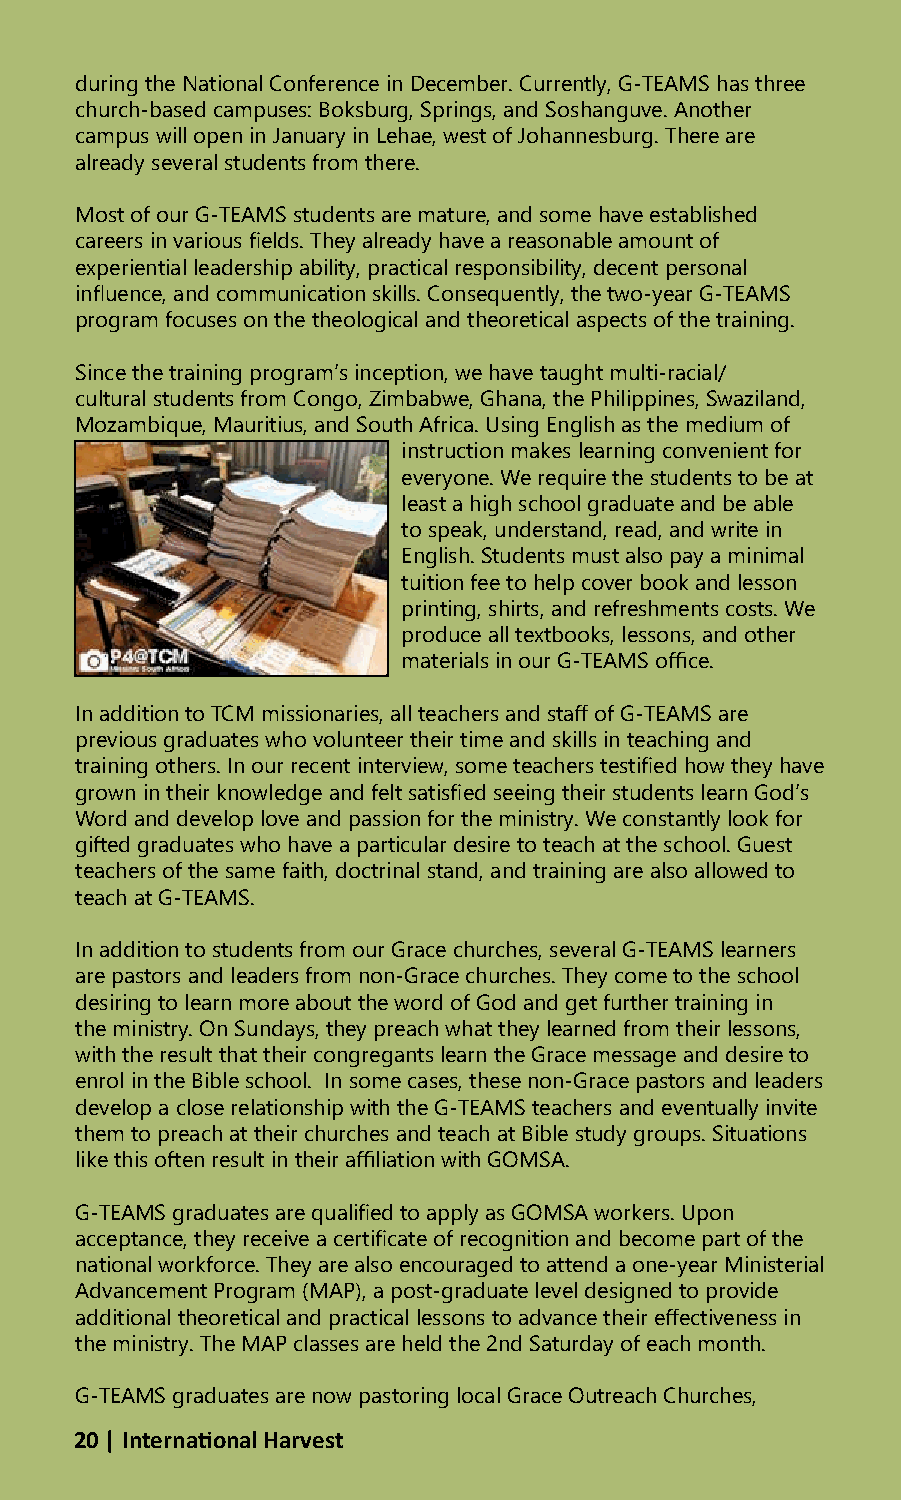
during the National Conference in December. Currently, G-TEAMS has three
 church-based campuses: Boksburg, Springs, and Soshanguve. Another
 campus will open in January in Lehae, west of Johannesburg. There are
 already several students from there.
 Most of our G-TEAMS students are mature, and some have established
 careers in various fields. They already have a reasonable amount of
 experiential leadership ability, practical responsibility, decent personal
 influence, and communication skills. Consequently, the two-year G-TEAMS
 program focuses on the theological and theoretical aspects of the training.
 Since the training program’s inception, we have taught multi-racial/
 cultural students from Congo, Zimbabwe, Ghana, the Philippines, Swaziland,
 Mozambique, Mauritius, and South Africa. Using English as the medium of
 instruction makes learning convenient for
 everyone. We require the students to be at
 least a high school graduate and be able
 to speak, understand, read, and write in
 English. Students must also pay a minimal
 tuition fee to help cover book and lesson
 printing, shirts, and refreshments costs. We
 produce all textbooks, lessons, and other
 materials in our G-TEAMS office.
 In addition to TCM missionaries, all teachers and staff of G-TEAMS are
 previous graduates who volunteer their time and skills in teaching and
 training others. In our recent interview, some teachers testified how they have
 grown in their knowledge and felt satisfied seeing their students learn God’s
 Word and develop love and passion for the ministry. We constantly look for
 gifted graduates who have a particular desire to teach at the school. Guest
 teachers of the same faith, doctrinal stand, and training are also allowed to
 teach at G-TEAMS.
 In addition to students from our Grace churches, several G-TEAMS learners
 are pastors and leaders from non-Grace churches. They come to the school
 desiring to learn more about the word of God and get further training in
 the ministry. On Sundays, they preach what they learned from their lessons,
 with the result that their congregants learn the Grace message and desire to
 enrol in the Bible school. In some cases, these non-Grace pastors and leaders
 develop a close relationship with the G-TEAMS teachers and eventually invite
 them to preach at their churches and teach at Bible study groups. Situations
 like this often result in their affiliation with GOMSA.
 G-TEAMS graduates are qualified to apply as GOMSA workers. Upon
 acceptance, they receive a certificate of recognition and become part of the
 national workforce. They are also encouraged to attend a one-year Ministerial
 Advancement Program (MAP), a post-graduate level designed to provide
 additional theoretical and practical lessons to advance their effectiveness in
 the ministry. The MAP classes are held the 2nd Saturday of each month.
 G-TEAMS graduates are now pastoring local Grace Outreach Churches,
 20 | International Harvest